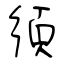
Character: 須